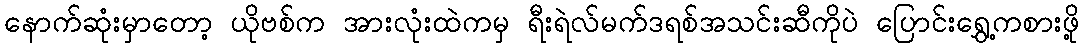
နောက်ဆုံးမှာတော့ ယိုဗစ်က အားလုံးထဲကမှ ရီးရဲလ်မက်ဒရစ်အသင်းဆီကိုပဲ ပြောင်းရွှေ့ကစားဖို့